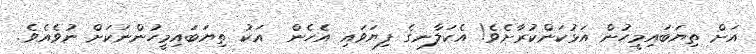
އަށް ތިޔަބައިމީހުން އަޅުކަންކުރާށެވެ! އެކަލާނގެ ފިޔަވައި އެހެން  އަކު ތިޔަބައިމީހުންނަކަށް ނުވެއެވެ.